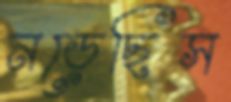
নড়েছিস